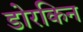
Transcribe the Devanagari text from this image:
डोरकिन